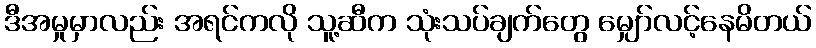
ဒီအမှုမှာလည်း အရင်ကလို သူ့ဆီက သုံးသပ်ချက်တွေ မျှော်လင့်နေမိတယ်